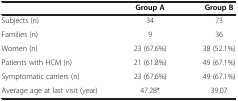
<table><thead><tr><td><b> </b></td><td><b>Group A</b></td><td><b>Group B</b></td></tr></thead><tbody><tr><td>Subjects (n)</td><td>34</td><td>73</td></tr><tr><td>Families (n)</td><td>9</td><td>36</td></tr><tr><td>Women (n)</td><td>23 (67.6%)</td><td>38 (52.1%)</td></tr><tr><td>Patients with HCM (n)</td><td>21 (61.8%)</td><td>49 (67.1%)</td></tr><tr><td>Symptomatic carriers (n)</td><td>23 (67.6%)</td><td>49 (67.1%)</td></tr><tr><td>Average age at last visit (year)</td><td>47.28*</td><td>39.07</td></tr></tbody></table>